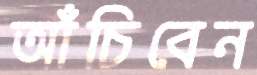
আঁচিবেন